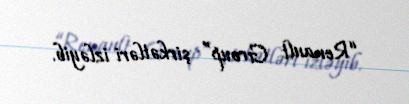
“Renault Group” şirkətləri izləyib.